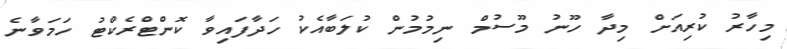
މިހާރު ކުރިއަށް މިދާ ހޫނު މޫސުމް ނިމުމުން ކުލަބާއެކު ހަދާފައިވާ ކޮންޓްރެކްޓު ހަމަވާނެ